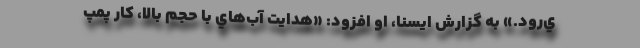
ي‌رود.» به گزارش ايسنا، او افزود: «هدايت آب‌هاي با حجم بالا، كار پمپ